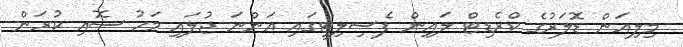
މިލިއަން ޑޮލަރުގެ ކްރެޑިޓް ލައިން ފެސިލިޓީގައި އަންނަ ޖުލައި މަހު ސޮއި ކުރަން